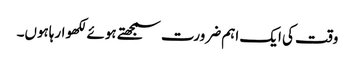
وقت کی ایک اہم ضرورت سمجھتے ہوئے لکھوارہاہوں۔